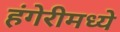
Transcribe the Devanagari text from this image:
हंगेरीमध्ये